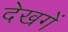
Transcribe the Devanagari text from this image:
देखगें